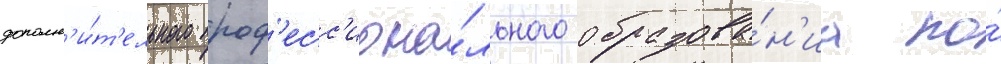
дополн'и́т'ельного проф'есс'иона́льного образова́н'иа по́